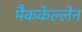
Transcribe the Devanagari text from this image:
मैककेल्लेन